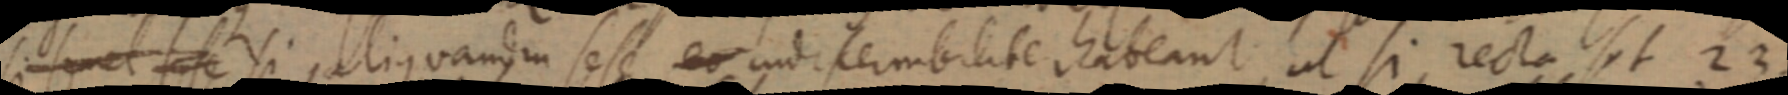
si semel sese si aliquandim sese eo indi sembilite habeant, ut si recta sit 23.